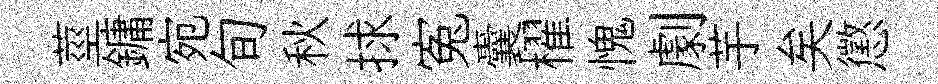
莖鏞宛旬秋捄寃囊櫂愧劇芋矣懲